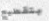
بتقطيع